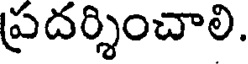
ప్రదర్శించాలి.